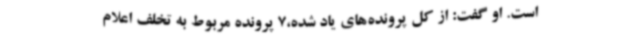
است. او گفت: از کل پرونده‌های یاد شده،7 پرونده مربوط به تخلف اعلام